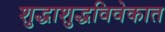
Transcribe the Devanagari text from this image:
शुद्धाशुद्धविवेकात